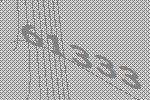
61333